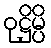
ဝုဋ္ဌိမ္ပိ